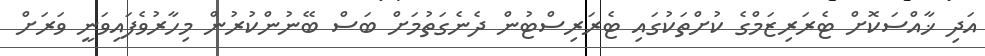
އަދި ޚާއްސަކޮށް ޓެރަރިޒަމްގެ ކުށްތަކުގައި ޓެރަރިސްޓުން ދެނެގަތުމަށް ބަސް ބޭނުންކުރުން މިހާރުވެފައިވަނީ ވަރަށް